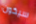
سيكون